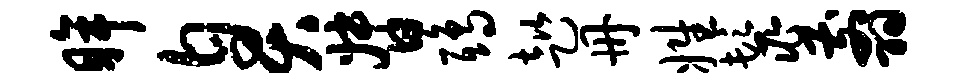
眸臭督鸱趑册姓鬣翦